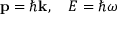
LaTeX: \mathbf { p } = \hbar \mathbf { k } , \quad E = \hbar \omega